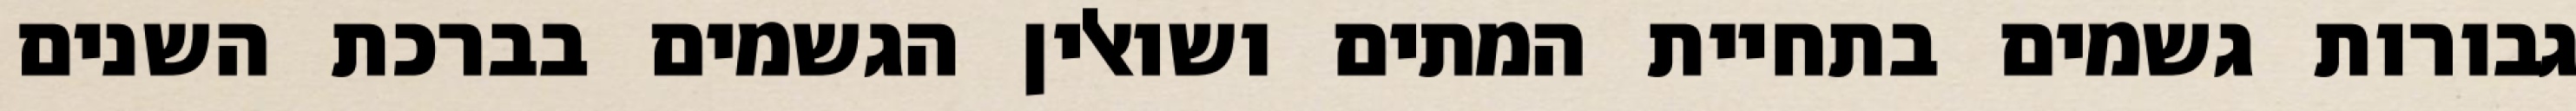
גבורות גשמים בתחיית המתים ושואלין הגשמים בברכת השנים